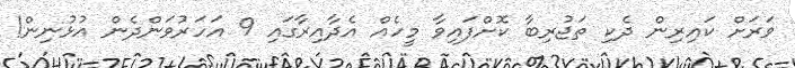
ވަރަށް ކައިރިން ދެކި ތަޖުރިބާ ކޮށްފައިވާ މީހެއް އެދާއިރާގައި 9 އަހަރުވަންދެން އުޅުނިން!